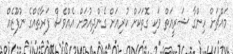
މައްޗަށް ހިންގާ ޝަރީއަތް ވަކި ގޮތަކަށް ކުރިއަށް ގެންދިއުމަށް އެއްވެސް ފަރާތެއްގެ ނުފޫޒެއް